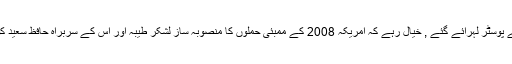
پاکستان میں ہونے والے اس جماعت کے جلسوں میں بھی حافظ سعید کے پوسٹر لہرائے گئے , خیال رہے کہ امریکہ 2008 کے ممبئی حملوں کا منصوبہ ساز لشکر طیبہ اور اس کے سربراہ حافظ سعید کو مانتا ہے اور ان کے سر پر ایک کروڑ ڈالر کا انعام بھی رکھا ہوا ہے۔